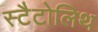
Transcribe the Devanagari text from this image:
स्टैटोलिथ